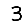
Digit: 3